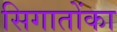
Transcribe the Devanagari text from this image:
सिगातोंका